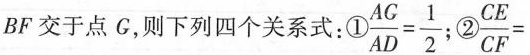
BF交于点G，则下列四个关系式：$$\frac { A G } { A D } = \frac { 1 } { 2 }$$ ；② $$\frac { C E } { C F } =